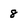
Character: 8